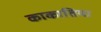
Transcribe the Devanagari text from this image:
काकातिया